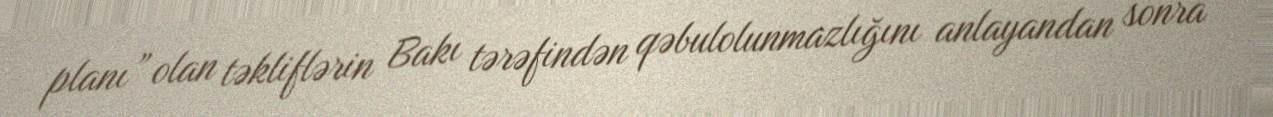
planı” olan təkliflərin Bakı tərəfindən qəbulolunmazlığını anlayandan sonra